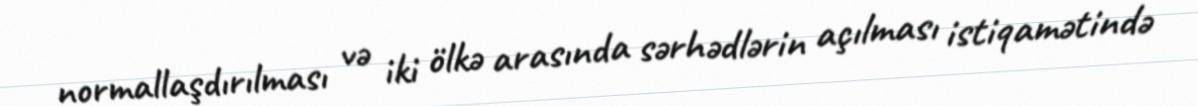
normallaşdırılması və iki ölkə arasında sərhədlərin açılması istiqamətində